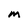
Character: m